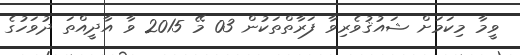
ވީމާ މިކަމަށް ޝައުޤުވެރިވާ ފަރާތްތަކުން 03 މޭ 2015 ވާ އާދީއްތަ ދުވަހުގެ